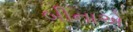
બીનાએ